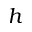
h